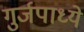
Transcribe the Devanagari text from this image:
गुर्जपाध्ये